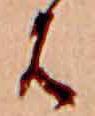
は